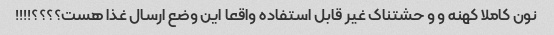
نون کاملا کهنه و و حشتناک غیر قابل استفاده واقعا این وضع ارسال غذا هست؟؟؟؟!!!!